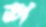
শ